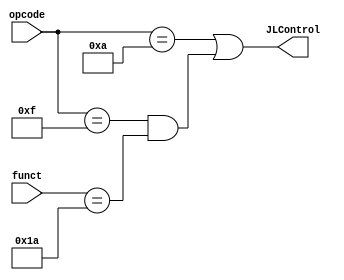
module JLControlBlock(opcode, funct, JLControl);
	input [3:0] opcode;
	input [5:0] funct;
	output JLControl;

	//J or JRL => JLControl is asserted.	
	assign JLControl = (opcode == 4'b1010) || ((opcode == 4'b1111) && (funct == 6'b011010));
endmodule